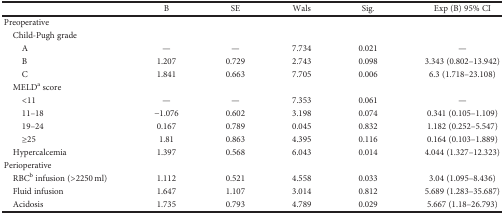
<table><thead><tr><td></td><td><b>B</b></td><td><b>SE</b></td><td><b>Wals</b></td><td><b>Sig.</b></td><td><b>Exp (B) 95% CI</b></td></tr></thead><tbody><tr><td>Preoperative</td><td></td><td></td><td></td><td></td><td></td></tr><tr><td> Child-Pugh grade</td><td></td><td></td><td></td><td></td></tr><tr><td>A</td><td>—</td><td>—</td><td>7.734</td><td>0.021</td><td>—</td></tr><tr><td>B</td><td>1.207</td><td>0.729</td><td>2.743</td><td>0.098</td><td>3.343 (0.802–13.942)</td></tr><tr><td>C</td><td>1.841</td><td>0.663</td><td>7.705</td><td>0.006</td><td>6.3 (1.718–23.108)</td></tr><tr><td> MELD<sup>a</sup> score</td><td></td><td></td><td></td><td></td><td></td></tr><tr><td>&lt;11</td><td>—</td><td>—</td><td>7.353</td><td>0.061</td><td>—</td></tr><tr><td>11–18</td><td>−1.076</td><td>0.602</td><td>3.198</td><td>0.074</td><td>0.341 (0.105–1.109)</td></tr><tr><td>19–24</td><td>0.167</td><td>0.789</td><td>0.045</td><td>0.832</td><td>1.182 (0.252–5.547)</td></tr><tr><td>≥25</td><td>1.81</td><td>0.863</td><td>4.395</td><td>0.116</td><td>0.164 (0.103–1.889)</td></tr><tr><td> Hypercalcemia</td><td>1.397</td><td>0.568</td><td>6.043</td><td>0.014</td><td>4.044 (1.327–12.323)</td></tr><tr><td>Perioperative</td><td></td><td></td><td></td><td></td><td></td></tr><tr><td> RBC<sup>b</sup> infusion (&gt;2250 ml)</td><td>1.112</td><td>0.521</td><td>4.558</td><td>0.033</td><td>3.04 (1.095–8.436)</td></tr><tr><td> Fluid infusion</td><td>1.647</td><td>1.107</td><td>3.014</td><td>0.812</td><td>5.689 (1.283–35.687)</td></tr><tr><td> Acidosis</td><td>1.735</td><td>0.793</td><td>4.789</td><td>0.029</td><td>5.667 (1.18–26.793)</td></tr></tbody></table>